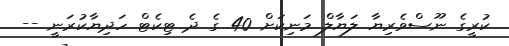
ކުރީގެ ނޫސްވެރިޔާ ލަޔާލް މަނިކަށް 40 ގެ ދެ ޓިކެޓް ހަދިޔާކުރަނީ --